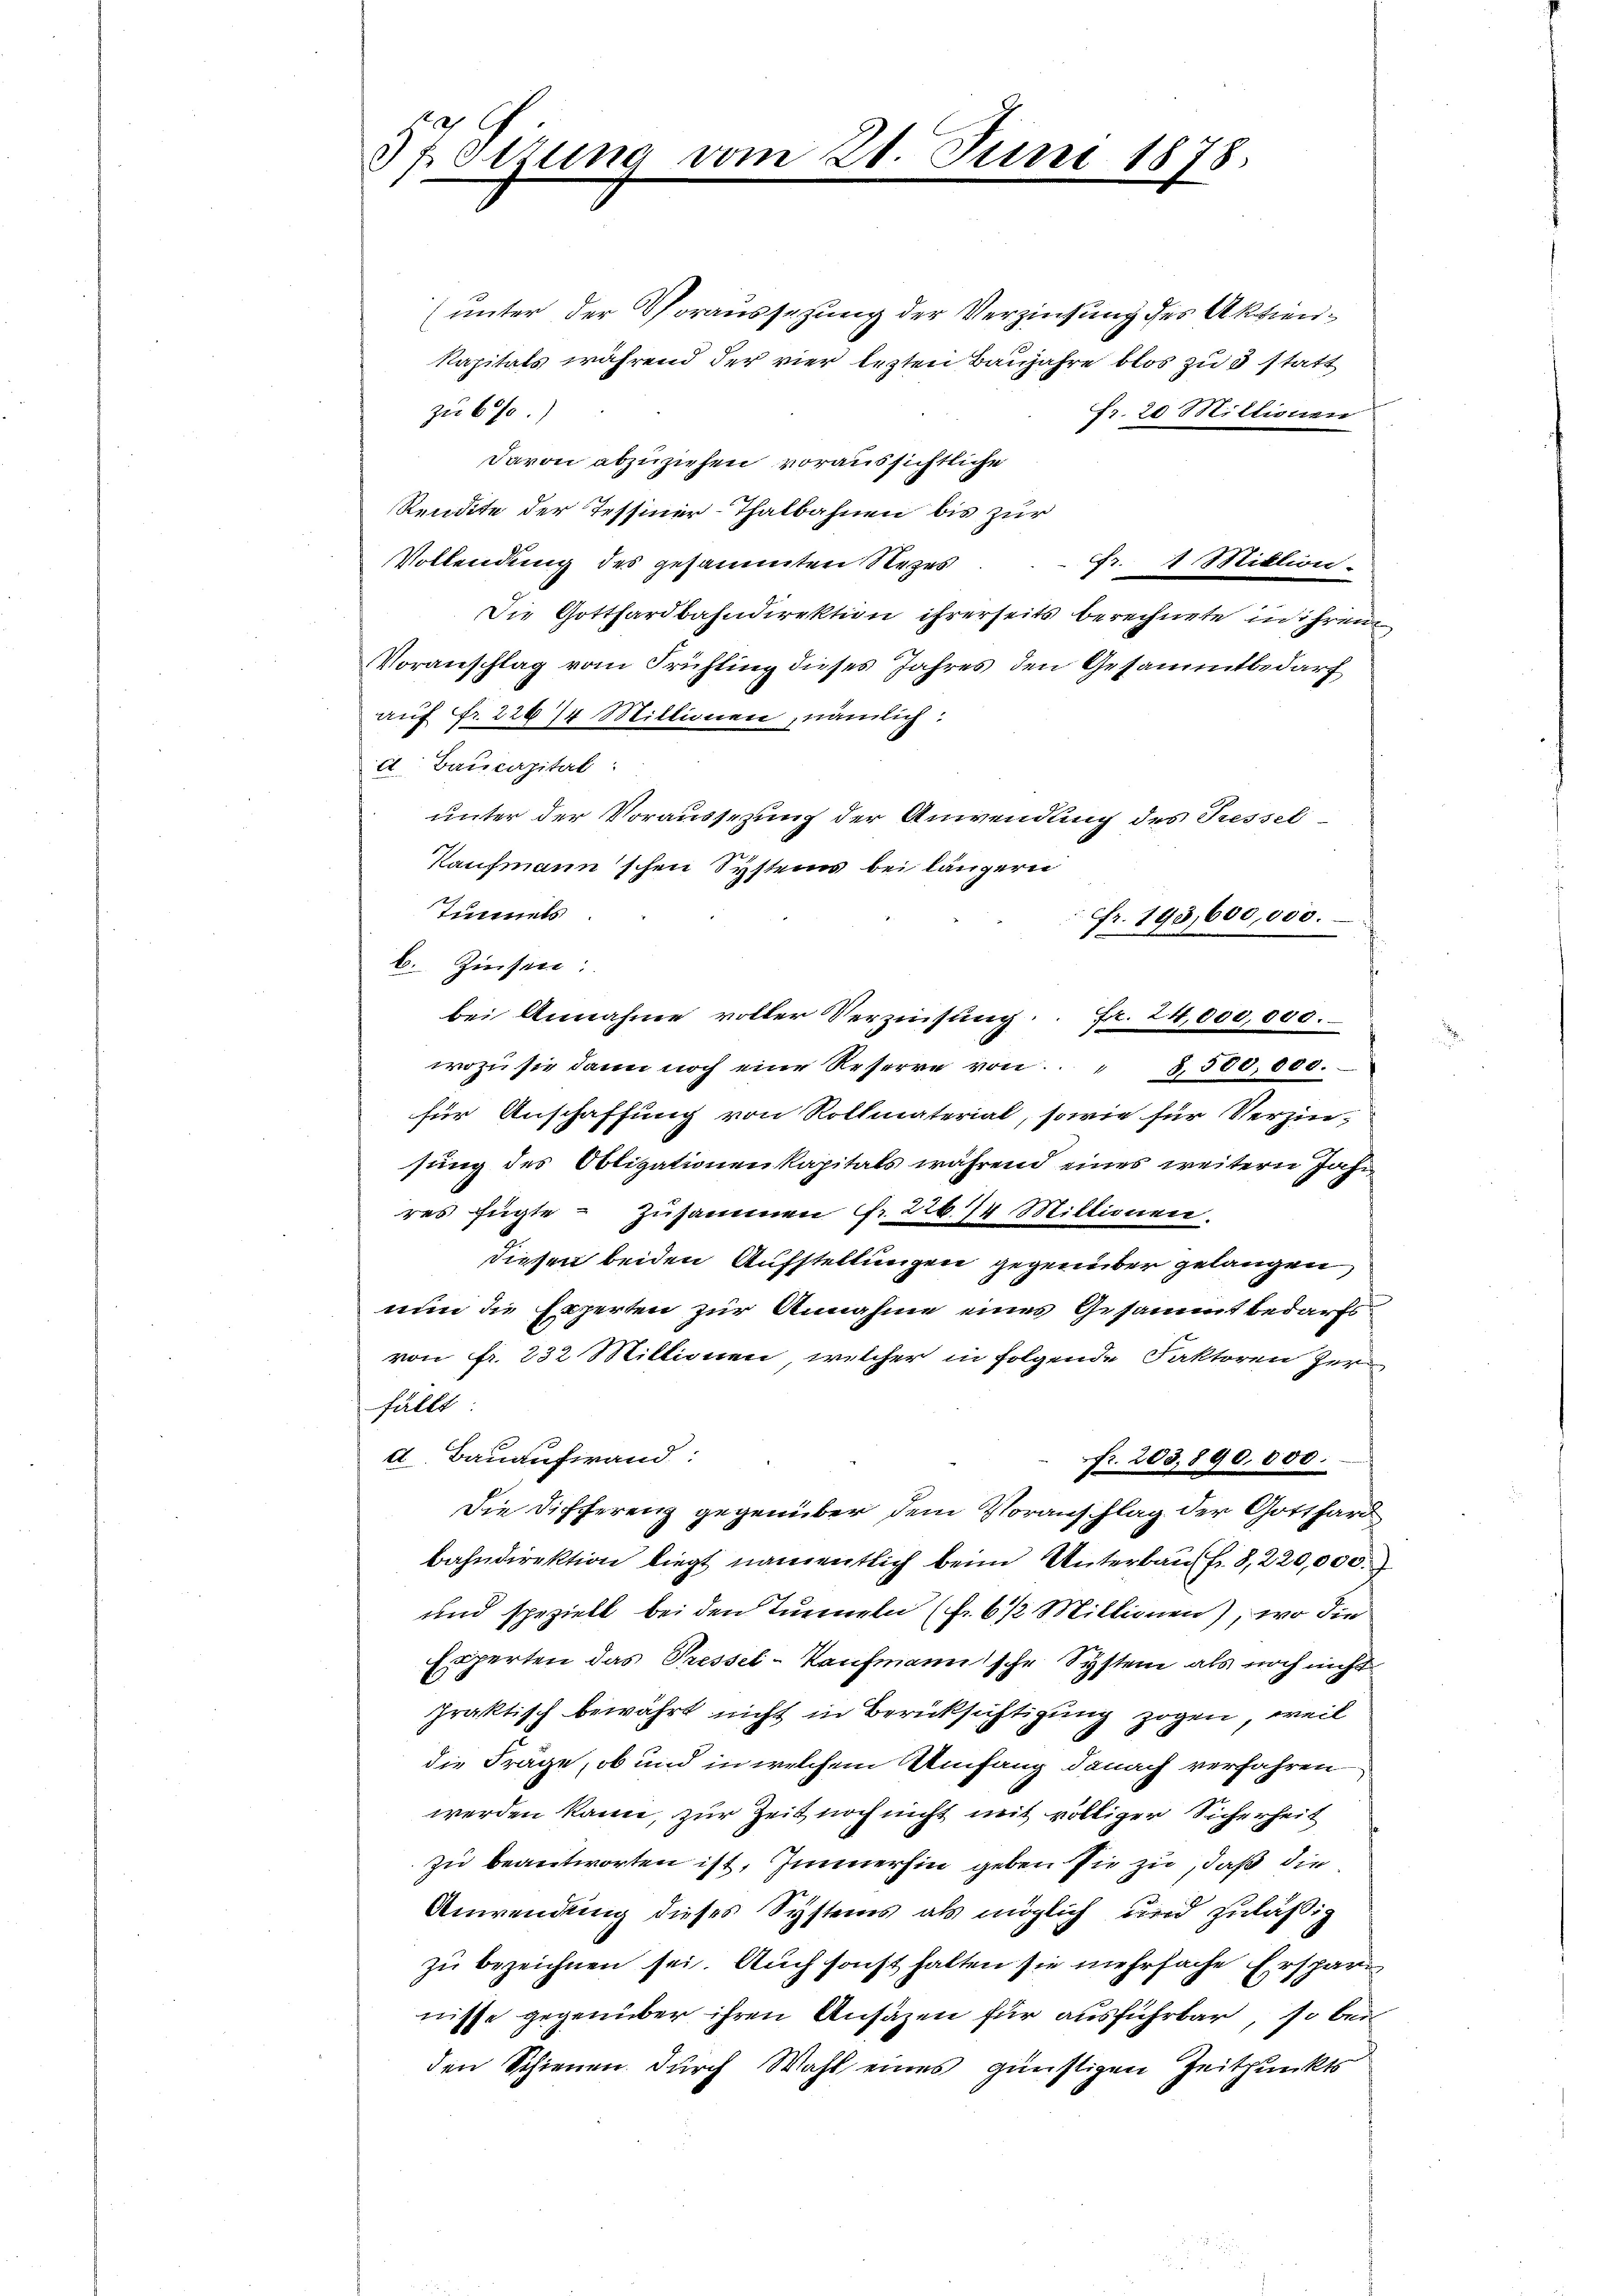
37. Sizung vom 21. Juni 1878.

(unter der Voraussetzung der Verzinsung des Aktien¬
Kapitals während der vier lezten Baujahre blos zu 3 statt
zu 600.)
fr. 20 Millionen
davon abzuziehen, voraussichtliche
Rendite der Tessiner-Thalbahnen bis zur
Vollendung des gesammten Rezes
FFr. 1 Miktion.
Die Gotthardbahndirektion ihrerseits berechnete in ihrem
Voranschlag vom Frühling dieses Jahres den Gesammtbedarf
auf Fr. 229 14 Millionen, nämlich
d Baucapital
unter der Voraussezung der Anwendung des Tiessel¬
Kaufmann'schen Systems bei längern
Tunnels
Fr. 193,600,000.
b. Zinsen:
bei Annahme voller Verzinsung. Fr. 24,000,000.
wozu sie dann noch eine Reserre von 8,500,000.
für Anschaffung von Rollmaterial, sowie für Verzin-
sung des Obligationenkapitals während eines weitern Jahr
res fügte - Zusammen Nr. 226/4 Mittirnen.
diesen beiden Aufstellungen gegenüber gelangen,
nun die Experten zur Annahme eines Gesammtbedarfsvon fr. 232 Millionen, welcher in folgende Faktoren Zer
fällt
d. Bauaufwand
Nr. 203,890.000.
Die Differenz gegenüber dem Voranschlag der Gotthard
bahndirektion liegt namentlich beim Unterbaus fr. 8, 220,000.
und spezielt bei den Tunneln (Fr. 6 1/2 Millionen), wo die
Experten das Pressel - Kaufmannische System als noch nicht
praktisch bewährt nicht in Berücksichtigung zogen, weil
die Frage, ob und in welchem Umfang danach verfahren
werden kann, zur Zeit noch nicht mit völliger Sicherheit
zu beantworten ist, Immerhin geben sie zu, daß die
Anwendung dieses Systems als möglich und zuläßig
zu bezeichnen sei. Auch sonst halten sie mehrfache Erspare
nisse gegenüber ihren Ansäzen für ausführbar, so bei
den Schienen durch Wahl eines günstigen Zeitpunkts